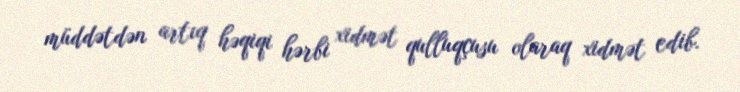
müddətdən artıq həqiqi hərbi xidmət qulluqçusu olaraq xidmət edib.